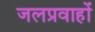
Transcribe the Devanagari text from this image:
जलप्रवाहों